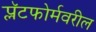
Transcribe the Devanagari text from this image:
प्लॅटफोर्मवरील